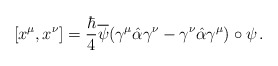
\begin{align*}[x^{\mu}, x^{\nu}]=\frac{\hbar}{4}\overline{\psi}(\gamma^{\mu}\hat{\alpha}\gamma^{\nu}-\gamma^{\nu}\hat{\alpha}\gamma^{\mu})\circ\psi\,.\end{align*}